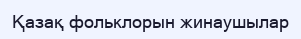
Қазақ фольклорын жинаушылар